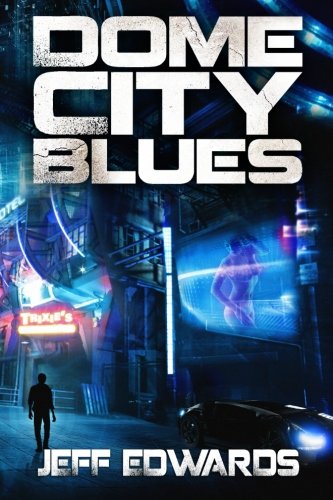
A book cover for Dome City Blues; Jeff Edwards; Science Fiction & Fantasy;